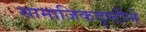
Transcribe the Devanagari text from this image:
सामाजिकदृष्टीने